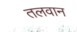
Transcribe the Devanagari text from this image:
तलवान